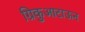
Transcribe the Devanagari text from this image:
ग्रिकुआटाऊन